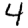
Digit: 4